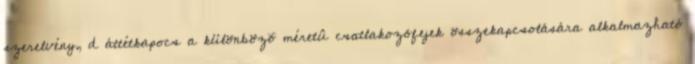
szerelvény, d áttétkapocs a különbözõ méretû csatlakozófejek összekapcsolására alkalmazható